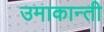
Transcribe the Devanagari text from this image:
उमाकान्‍ती